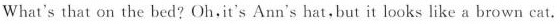
What's that on the bed?Oh,it's Ann's hat, but it looks like a brown cat.